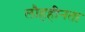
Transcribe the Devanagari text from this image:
लौहहीनता